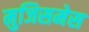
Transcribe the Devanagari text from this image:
मुजिसमेस